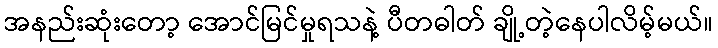
အနည်းဆုံးတော့ အောင်မြင်မှုရသနဲ့ ပီတဓါတ် ချို့တဲ့နေပါလိမ့်မယ်။